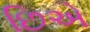
છિએ